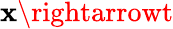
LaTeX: \mathbf{x}\rightarrowt